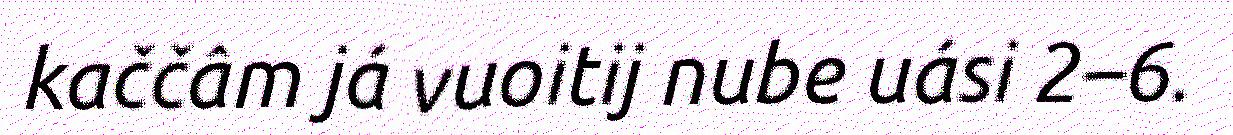
kaččâm já vuoitij nube uási 2–6.